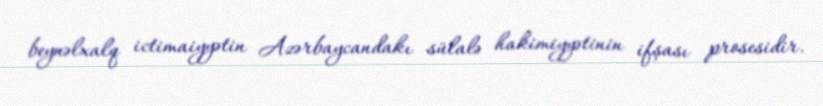
beynəlxalq ictimaiyyətin Azərbaycandakı sülalə hakimiyyətinin ifşası prosesidir.